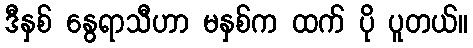
ဒီနှစ် နွေရာသီဟာ မနှစ်က ထက် ပို ပူတယ်။